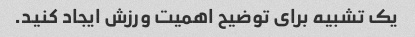
یک تشبیه برای توضیح اهمیت ورزش ایجاد کنید.